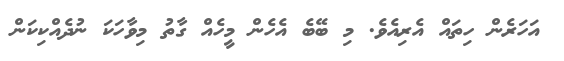
އަހަރެން ހިތައް އެރިއެވެ. މި ބޭބެ އެހެން މީހެއް ގާތު މިވާހަކަ ނުދެއްކިކަން